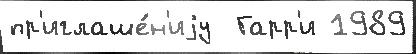
пр'иглаше́н'иjу  Гарр'и 1989